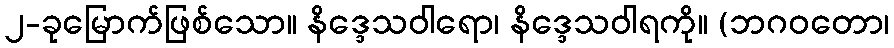
၂-ခုမြောက်ဖြစ်သော။ နိဒ္ဒေသဝါရော၊ နိဒ္ဒေသဝါရကို။ (ဘဂဝတော၊